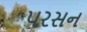
પરસન